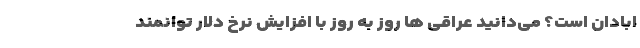
ابادان است؟ می‌دانید عراقی ها روز به روز با افزایش نرخ دلار توانمند